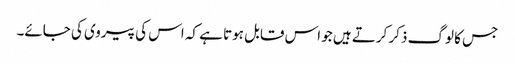
جس کا لوگ ذکر کرتے ہیں جو اس قابل ہوتا ہے کہ اس کی پیروی کی جائے۔